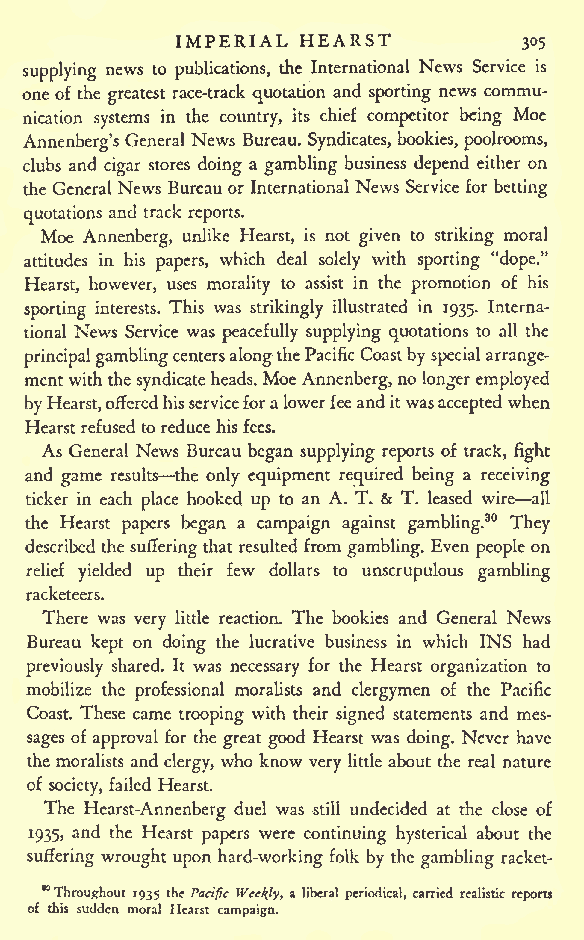
IMPERIAL HEARST
 305
 supplying news to publications, the International News Service is
 one of the greatest race-track quotation and sporting news commu-
 nication systems in the country, its chief competitor being Moe
 Annenberg's General News Bureau. Syndicates, bookies, poolrooms,
 clubs and cigar stores doing a gambling business depend either on
 the GeneralNews Bureauor International News Service for betting
 quotations and track reports.
 Moe Annenberg, unlike Hearst, is not given to striking moral
 attitudes in his papers, which deal solely with sporting "dope."
 Hearst, however, uses morality to assist in the promotion of his
 sporting interests. This was strikingly illustrated in 1935. Interna-
 tional News Service was peacefully supplying quotations to all the
 principalgamblingcentersalongthePacificCoastbyspecialarrange-
 mentwiththesyndicateheads.Moe Annenberg, no longeremployed
 byHearst,offeredhisserviceforalowerfeeanditwas acceptedwhen
 Hearstrefused toreducehis fees.
 As General News Bureau began supplying reports of track, fight
 and game results the only equipment required being a receiving
 ticker in each place hooked up to an A. T. & T. leased wire all
 the Hearst papers began a campaign against gambling.30 They
 described the sufferingthat resulted from gambling. Even people on
 relief yielded up their few dollars to unscrupulous gambling
 racketeers.
 There was very little reaction. The bookies and General News
 Bureau kept on doing the lucrative business in which INS had
 previously shared. It was necessary for the Hearst organization to
 mobilize the professional moralists and clergymen of the Pacific
 Coast. These came trooping with their signed statements and mes-
 sages of approval for the great good Hearst was doing. Never have
 the moralists and clergy, who know very little about the real nature
 of society, failed Hearst.
 The Hearst-Annenberg duel was still undecided at the close of
 1935, and the Hearst papers were continuing hysterical about the
 suffering wrought upon hard-working folk by the gambling racket-
 K
 Throughout 1935 the Pacific Weekly, a liberal periodical, carried realistic reports
 of this sudden moral Hearst campaign.